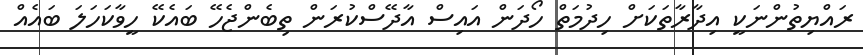
ރައްޔިތުންނަކީ އިދާރާތަކަށް ހިދުމަތް ހޯދަން އައިސް އާދޭސްކުރަން ތިބެންޖެހޭ ބައެކޭ ހީވާކަހަލަ ބައެއް